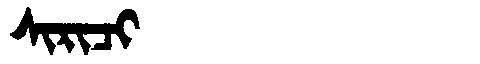
Manchu: ᠰᡳᡵᡳᠴᡳ
Romanization: SIRICI